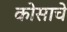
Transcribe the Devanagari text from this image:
कोसाचे